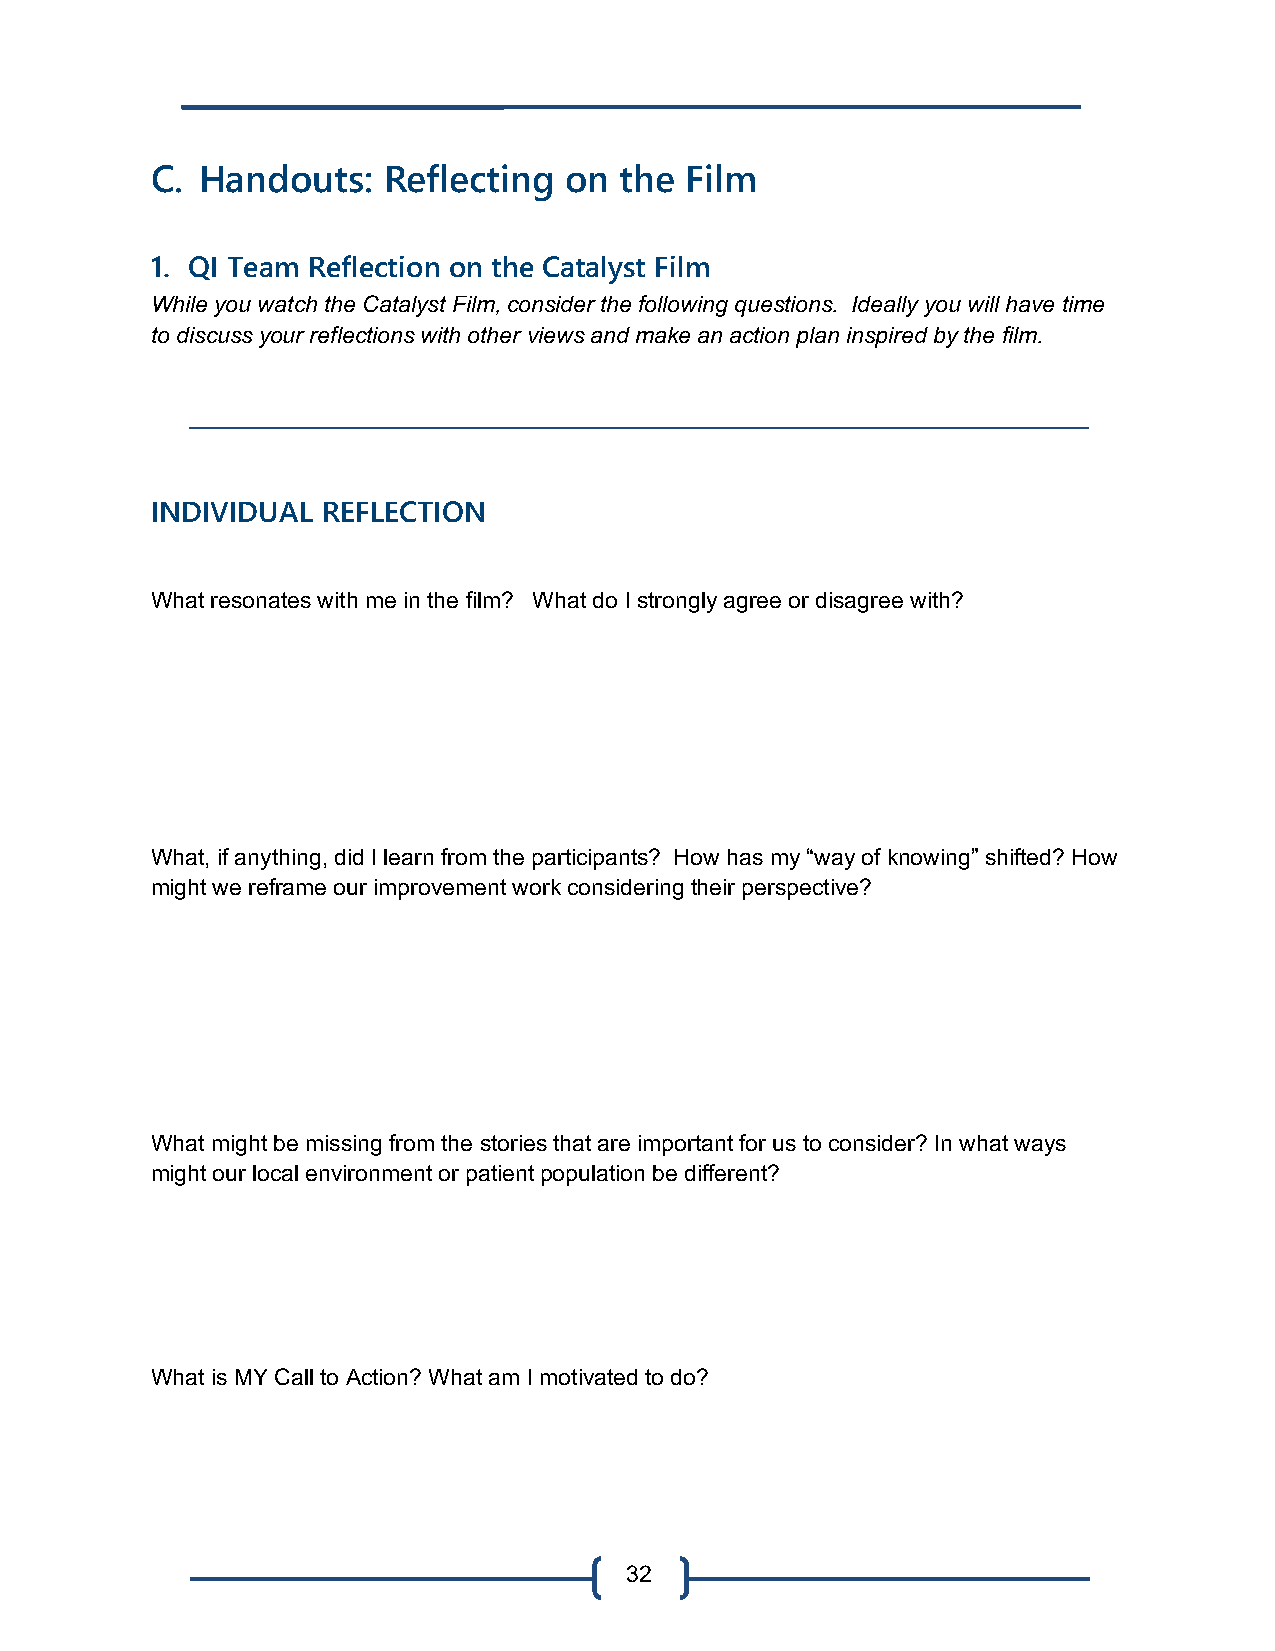
C. Handouts:   Reflecting  on  the Film
 1. QI Team Reflection on the Catalyst Film
 While you watch the Catalyst Film, consider the following questions. Ideally you will have time
 to discuss your reflections with other views and make an action plan inspired by the film.
 INDIVIDUAL REFLECTION
 What resonates with me in the film? What do I strongly agree or disagree with?
 What, if anything, did I learn from the participants? How has my “way of knowing” shifted? How
 might we reframe our improvement work considering their perspective?
 What might be missing from the stories that are important for us to consider? In what ways
 might our local environment or patient population be different?
 What is MY Call to Action? What am I motivated to do?
 32